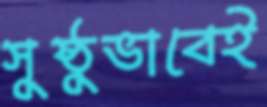
সুষ্ঠুভাবেই